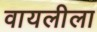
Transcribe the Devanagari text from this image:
वायलीला